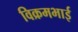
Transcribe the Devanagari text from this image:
विक्रमभाई